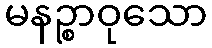
မနဉ္စာဝုသော